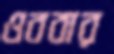
ওববার